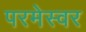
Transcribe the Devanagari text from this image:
परमेस्वर